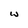
Character: W